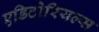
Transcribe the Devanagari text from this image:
एडिटोरियल्स